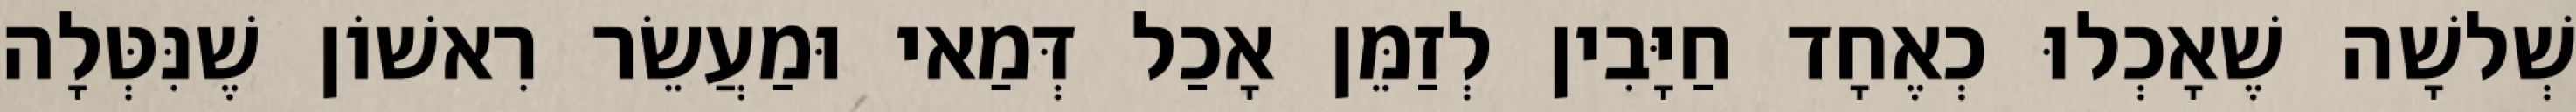
שְׁלשָׁה שֶׁאָכְלוּ כְאֶחָד חַיָּבִין לְזַמֵּן אָכַל דְּמַאי וּמַעֲשֵׂר רִאשׁוֹן שֶׁנִּטְּלָה